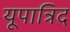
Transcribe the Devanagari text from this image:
यूपात्रिद